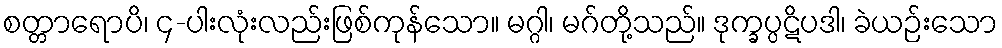
စတ္တာရောပိ၊ ၄-ပါးလုံးလည်းဖြစ်ကုန်သော။ မဂ္ဂါ၊ မဂ်တို့သည်။ ဒုက္ခပ္ပဋိပဒါ၊ ခဲယဉ်းသော